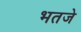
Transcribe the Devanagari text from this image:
भतजे